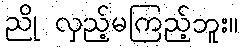
ညို လှည့်မကြည့်ဘူး။